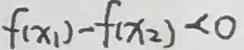
f ( x _ { 1 } ) - f ( x _ { 2 } ) < 0